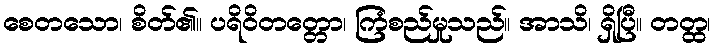
စေတသော၊ စိတ်၏။ ပရိဝိတတ္တော၊ ကြံစည်မှုသည်။ အာသိ၊ ရှိပြီ။ တတ္ထ၊